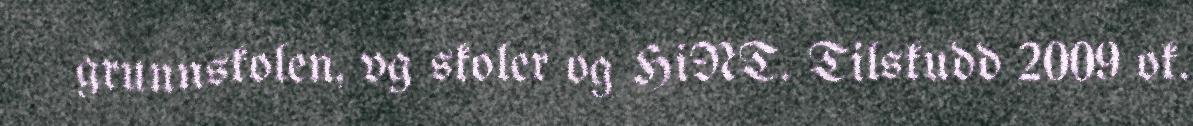
grunnskolen, vg skoler og HiNT. Tilskudd 2009 ok.